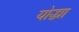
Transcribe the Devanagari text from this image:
योद्ध्या